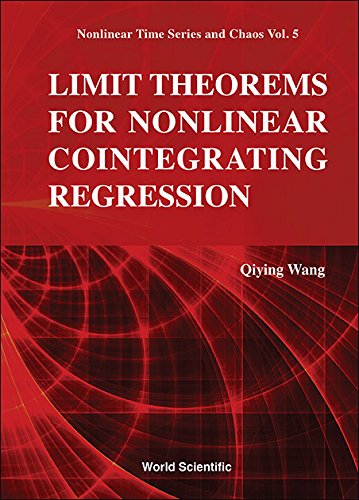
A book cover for Limit Theorems for Nonlinear Cointegrating Regression (Nonlinear Time Series and Chaos); Qiying Wang; Science & Math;